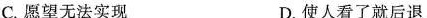
C.愿望无法实现 D.使人看了就后退